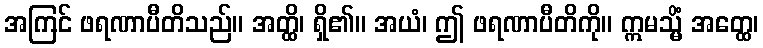
အကြင် ဖရဏာပီတိသည်။ အတ္ထိ၊ ရှိ၏။ အယံ၊ ဤ ဖရဏာပီတိကို။ ဣမသ္မိံ အတ္ထေ၊